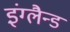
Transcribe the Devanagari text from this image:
इंग्लैन्ड